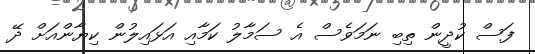
ފަސް ކުދީން ތިބި ނަމަވެސް އެ ސަމާލު ކަމާއި އަޅައިލުން ކިޔާންއަށް ދޭ